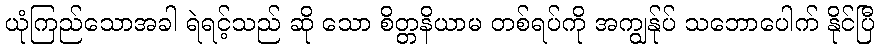
ယုံကြည်သောအခါ ရဲရင့်သည် ဆို သော စိတ္တနိယာမ တစ်ရပ်ကို အကျွန်ုပ် သဘောပေါက် နိုင်ပြီ